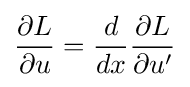
{\frac {\partial L}{\partial u}}={\frac {d}{dx}}{\frac {\partial L}{\partial u'}}